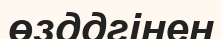
өзддгінен